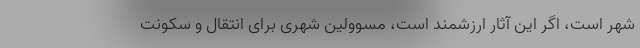
شهر است، اگر این آثار ارزشمند است، مسوولین شهری برای انتقال و سکونت